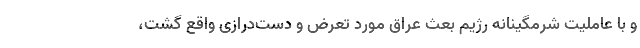
و با عاملیت شرمگینانه رژیم بعث عراق مورد تعرض و دست‌درازی واقع گشت،